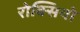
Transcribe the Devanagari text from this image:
रोक्सियो